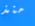
منذ